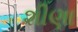
શીણા